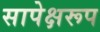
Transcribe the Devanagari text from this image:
सापेक्षरूप